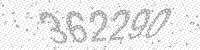
Solution: 362290